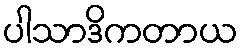
ပါသာဒိကတာယ